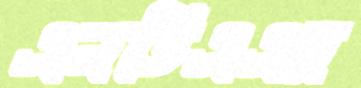
এনডিএএর